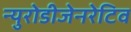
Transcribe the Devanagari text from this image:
न्युरोडीजेनरेटिव